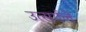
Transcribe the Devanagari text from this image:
उत्सर्गले